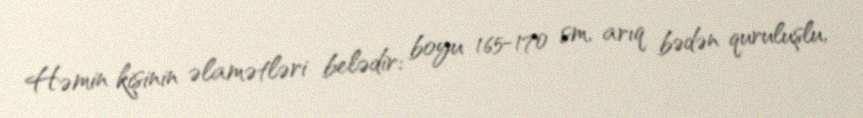
Həmin kişinin əlamətləri belədir: boyu 165-170 sm, arıq bədən quruluşlu,